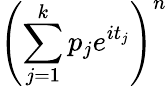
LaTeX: \left(\sum_{j=1}^{k}p_{j}e^{it_{j}}\right)^{n}